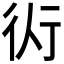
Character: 𧗟